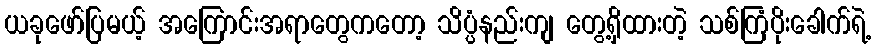
ယခုဖော်ပြမယ့် အကြောင်းအရာတွေကတော့ သိပ္ပံနည်းကျ တွေ့ရှိထားတဲ့ သစ်ကြံပိုးခေါက်ရဲ့